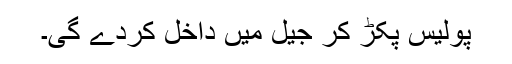
پولیس پکڑ کر جیل میں داخل کردے گی۔